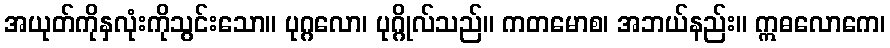
အယုတ်ကိုနှလုံးကိုသွင်းသော။ ပုဂ္ဂလော၊ ပုဂ္ဂိုလ်သည်။ ကတမောစ၊ အဘယ်နည်း။ ဣဓလောကေ၊